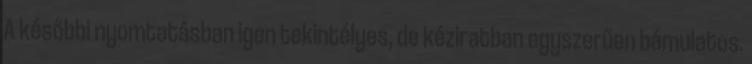
A későbbi nyomtatásban igen tekintélyes, de kéziratban egyszerűen bámulatos.